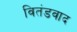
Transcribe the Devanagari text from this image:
वितंडवाद